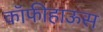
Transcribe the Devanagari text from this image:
कॉफीहाऊस